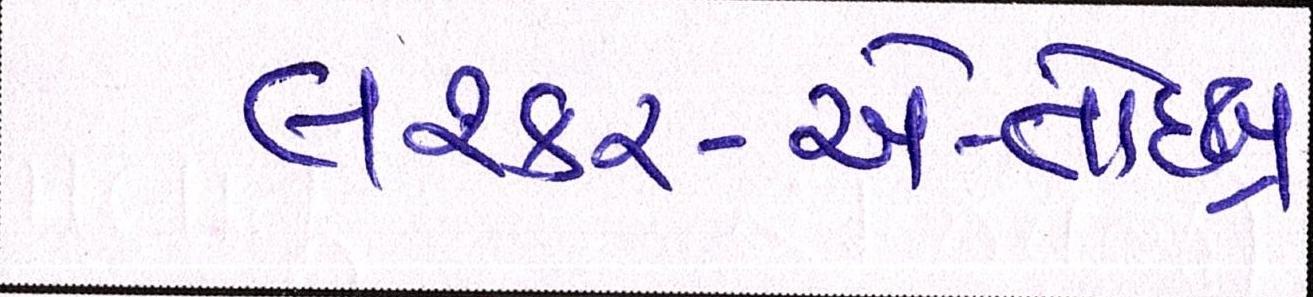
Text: લશ્કર-એ-તોઈબા